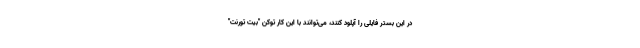
در این بستر فایلی را آپلود کنند، می‌توانند با این کار توکن "بیت تورنت"